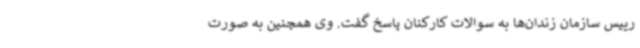
رییس سازمان زندان‌ها به سوالات کارکنان پاسخ گفت. وی همچنین به صورت